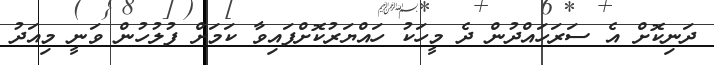
ދަނިކޮށް އެ ސަރަހައްދުން ދެ މީހަކު ހައްޔަރުކޮށްފައިވާ ކަމަށް ފުލުހުން ވަނީ މިއަދު